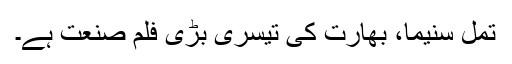
تمل سنیما، بھارت کی تیسری بڑی فلم صنعت ہے۔